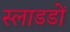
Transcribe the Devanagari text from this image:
स्लाडडों